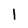
Character: 1